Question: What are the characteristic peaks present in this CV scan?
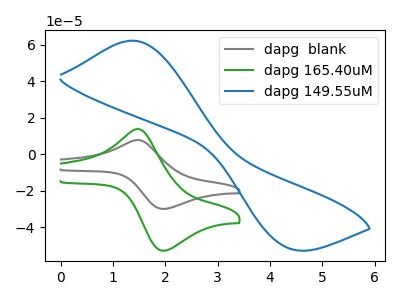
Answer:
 <answer>The gray curve "dapg  blank" has an anodic peak at (1.50V, 7.85uA) and a cathodic peak at (2.00V, -29.95uA). The green curve "dapg 165.40uM" has an anodic peak at (1.50V, 13.90uA) and a cathodic peak at (2.00V, -52.90uA). The blue curve "dapg 149.55uM" has an anodic peak at (1.35V, 62.35uA) and a cathodic peak at (4.35V, -51.45uA).</answer>
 <eval></eval>